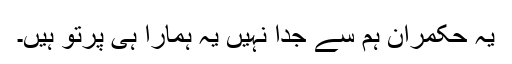
یہ حکمران ہم سے جدا نہیں یہ ہمارا ہی پرتو ہیں۔